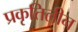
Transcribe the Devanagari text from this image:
प्रकृतिलीन